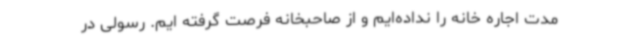
مدت اجاره خانه را نداده‌ایم و از صاحبخانه فرصت گرفته ایم. رسولی در